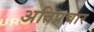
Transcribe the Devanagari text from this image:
अतिप्रचार